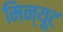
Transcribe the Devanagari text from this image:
मिन्यूट